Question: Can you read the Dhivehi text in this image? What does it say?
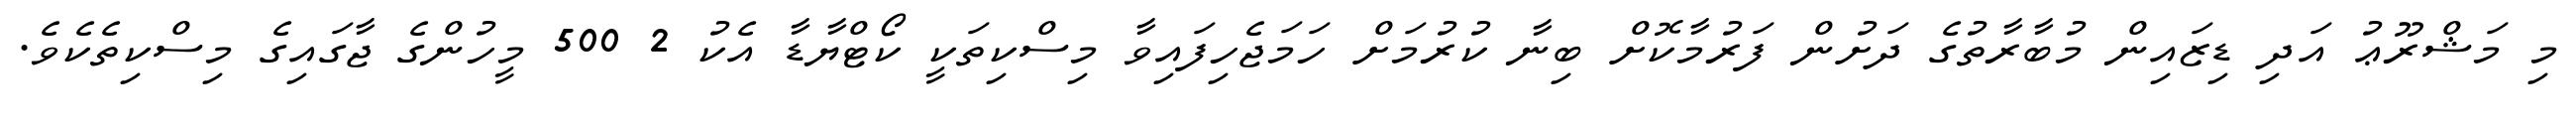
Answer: މި މަޝްރޫޢު އަދި ޑިޒައިން މުބާރާތުގެ ދަށުން ފަރުމާކޮށް ބިނާ ކުރުމަށް ހަމަޖެހިފައިވާ މިސްކިތަކީ ކޯޓްޔާޑާ އެކު 2 500 މީހުންގެ ޖާގައިގެ މިސްކިތެކެވެ.